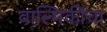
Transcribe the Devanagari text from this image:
वाल्मिकींचा